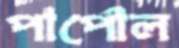
পার্পোল